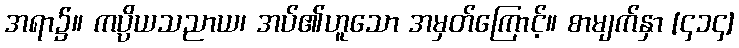
အရာ၌။ ကပ္ပိယသညာယ၊ အပ်၏ဟူသော အမှတ်ကြောင့်။ စာမျက်နှာ [၄၁၄]